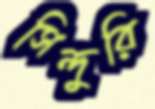
সিন্দুরি